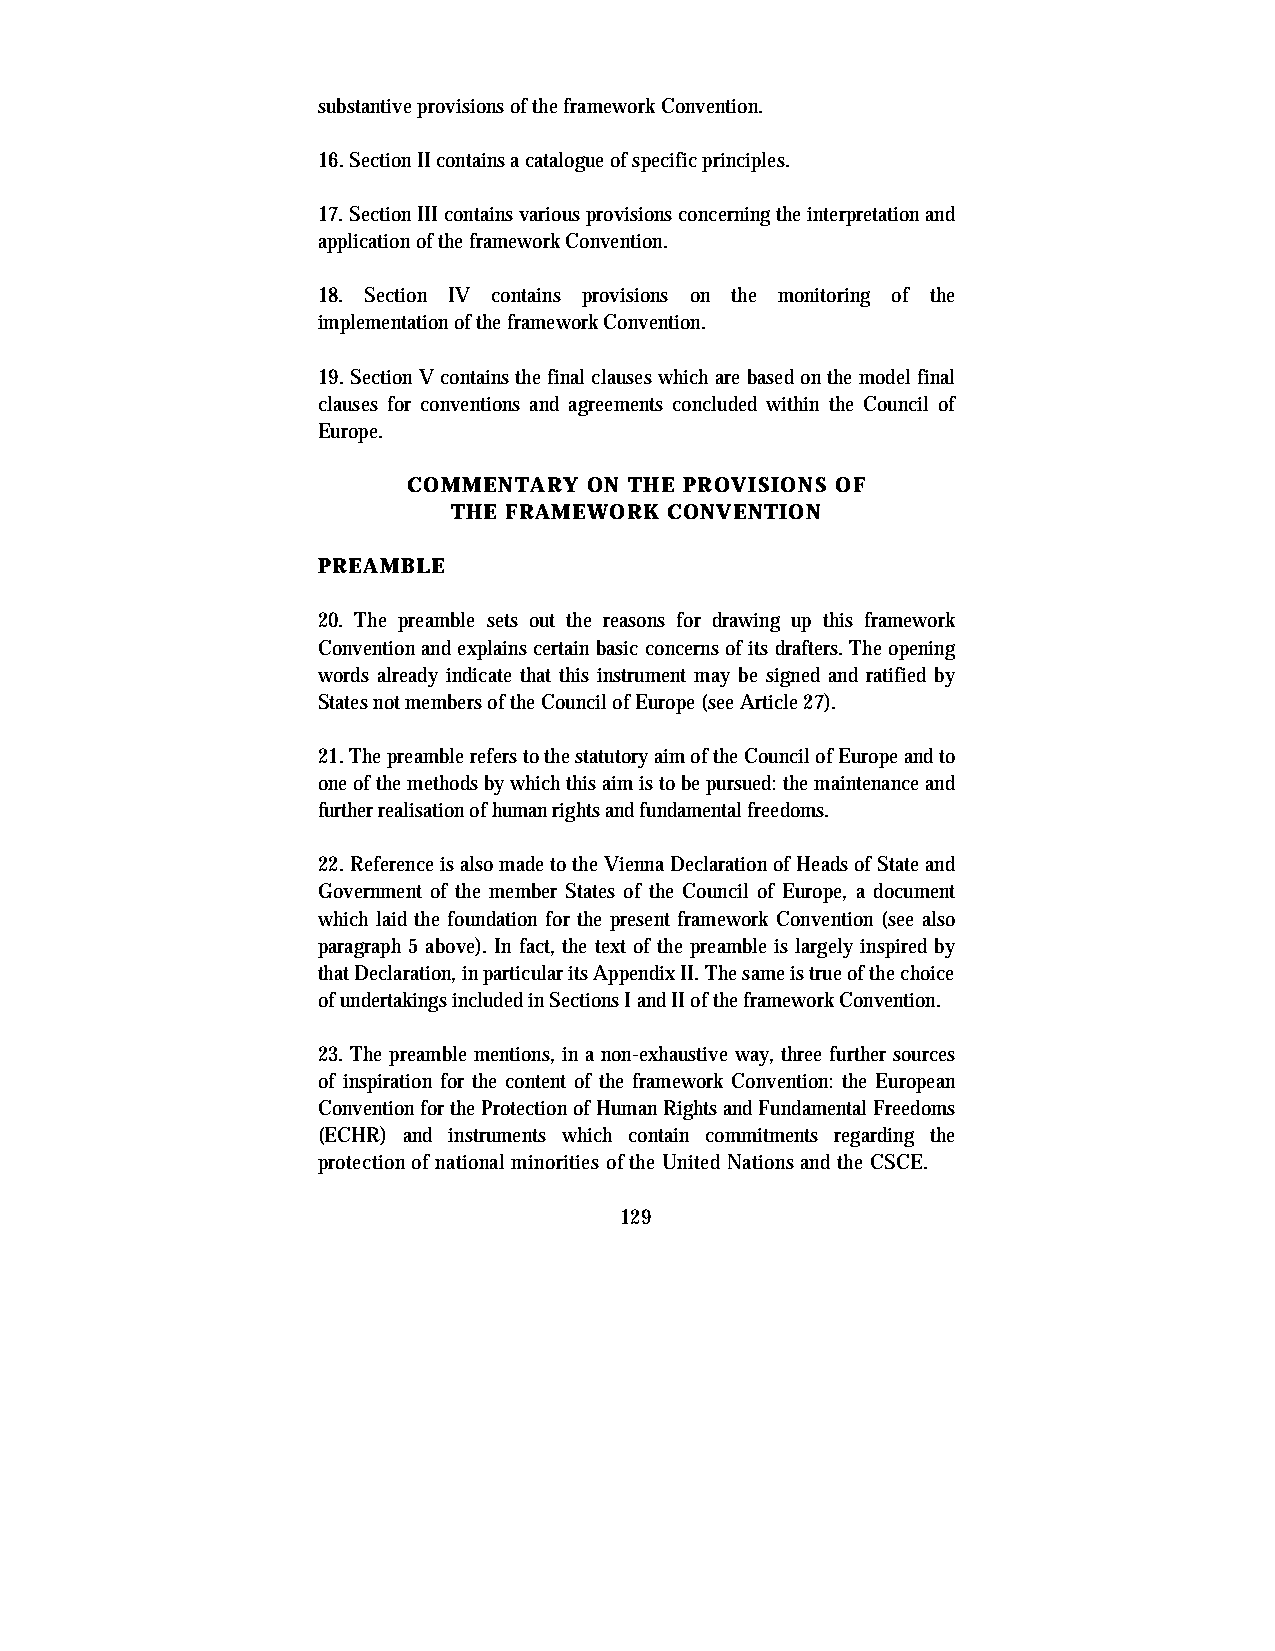
substantive provisions of the framework Convention.
 16. Section II contains a catalogue of specific principles.
 17. Section III contains various provisions concerning the interpretation and
 application of the framework Convention.
 18. Section IV contains provisions on the monitoring of the
 implementation of the framework Convention.
 19. Section V contains the final clauses which are based on the model final
 clauses for conventions and agreements concluded within the Council of
 Europe.
 COMMENTARY  ON THE PROVISIONS OF
 THE FRAMEWORK CONVENTION
 PREAMBLE
 20. The preamble sets out the reasons for drawing up this framework
 Convention and explains certain basic concerns of its drafters. The opening
 words already indicate that this instrument may be signed and ratified by
 States not members of the Council of Europe (see Article 27).
 21. The preamble refers to the statutory aim of the Council of Europe and to
 one of the methods by which this aim is to be pursued: the maintenance and
 further realisation of human rights and fundamental freedoms.
 22. Reference is also made to the Vienna Declaration of Heads of State and
 Government of the member States of the Council of Europe, a document
 which laid the foundation for the present framework Convention (see also
 paragraph 5 above). In fact, the text of the preamble is largely inspired by
 that Declaration, in particular its Appendix II. The same is true of the choice
 of undertakings included in Sections I and II of the framework Convention.
 23. The preamble mentions, in a non-exhaustive way, three further sources
 of inspiration for the content of the framework Convention: the European
 Convention for the Protection of Human Rights and Fundamental Freedoms
 (ECHR) and instruments which contain commitments regarding the
 protection of national minorities of the United Nations and the CSCE.
 129